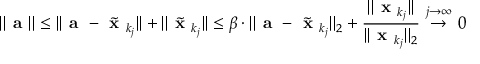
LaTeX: | | { \textbf { a } } | | \leq | | { \textbf { a } } - { \tilde { \textbf { x } } } _ { k _ { j } } | | + | | { \tilde { \textbf { x } } } _ { k _ { j } } | | \leq \beta \cdot | | { \textbf { a } } - { \tilde { \textbf { x } } } _ { k _ { j } } | | _ { 2 } + { \frac { | | { \textbf { x } } _ { k _ { j } } | | } { | | { \textbf { x } } _ { k _ { j } } | | _ { 2 } } } \ { \overset { j \to \infty } { \to } } \ 0